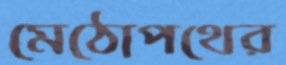
মেঠোপথের